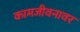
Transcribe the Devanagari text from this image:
कामजीवनावर